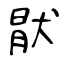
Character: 猒